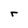
Character: r